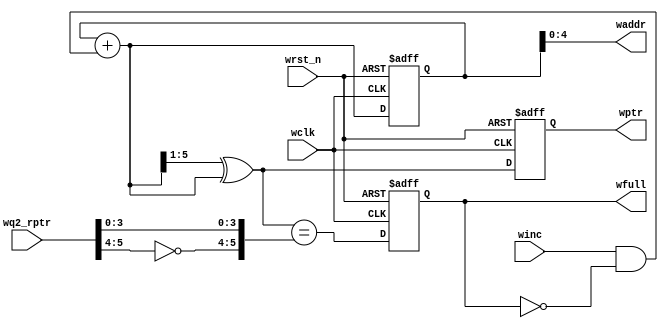
`timescale 1ns / 1ps
//////////////////////////////////////////////////////////////////////////////////
// Company: 
// Engineer: 
// 
// Design Name: 
// Module Name:    wptr_full 
// Project Name: 
// Target Devices: 
// Tool versions: 
// Description: 
//
// Dependencies: 
//
// Revision: 
// Revision 0.01 - File Created
// Additional Comments: 
//
//////////////////////////////////////////////////////////////////////////////////
module wptr_full_top #(parameter ADDRSIZE = 5)
(output reg wfull,
output [ADDRSIZE-1:0] waddr,
output reg [ADDRSIZE :0] wptr,
input [ADDRSIZE :0] wq2_rptr,
input winc, wclk, wrst_n);
reg [ADDRSIZE:0] wbin;
wire [ADDRSIZE:0] wgraynext, wbinnext;
// GRAYSTYLE2 pointer
always @(posedge wclk or negedge wrst_n)
if (!wrst_n) {wbin, wptr} <= 0;
else {wbin, wptr} <= {wbinnext, wgraynext};
// Memory write-address pointer (okay to use binary to address memory)
assign waddr = wbin[ADDRSIZE-1:0];
assign wbinnext = wbin + (winc & ~wfull);
assign wgraynext = (wbinnext>>1) ^ wbinnext;
//------------------------------------------------------------------
// Simplified version of the three necessary full-tests:
// assign wfull_val=((wgnext[ADDRSIZE] !=wq2_rptr[ADDRSIZE] ) &&
// (wgnext[ADDRSIZE-1] !=wq2_rptr[ADDRSIZE-1]) &&
// (wgnext[ADDRSIZE-2:0]==wq2_rptr[ADDRSIZE-2:0]));
//------------------------------------------------------------------
assign wfull_val = (wgraynext=={~wq2_rptr[ADDRSIZE:ADDRSIZE-1],
wq2_rptr[ADDRSIZE-2:0]});
always @(posedge wclk or negedge wrst_n)
if (!wrst_n) wfull <= 1'b0;
else wfull <= wfull_val;
endmodule